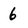
Character: 6